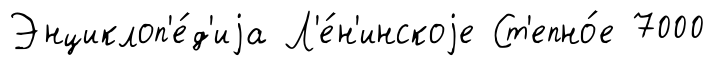
Энциклоп'е́д'иjа Л'е́н'инскоjе Ст'епно́е 7000